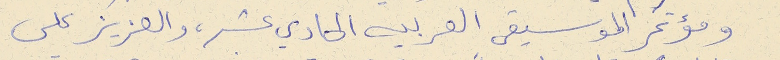
ومؤتمر الموسيقى العربيه الحادي عشر، والعزيز على